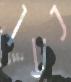
נען